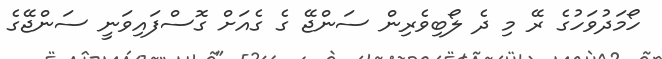
ހޯމަދުވަހުގެ ރޭ މި ދެ ލޯބިވެރިން ސަންޖޭ ގެ ގެއަށް ގޮސްފައިވަނީ ސަންޖޭގެ